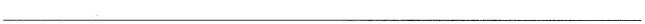
___